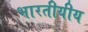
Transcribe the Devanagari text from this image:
भारतीयीय